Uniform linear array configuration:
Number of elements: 64
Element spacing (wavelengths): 0.25
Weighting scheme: uniform
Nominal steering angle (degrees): -30
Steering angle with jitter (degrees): -30.04
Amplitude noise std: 0.05
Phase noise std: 0.05

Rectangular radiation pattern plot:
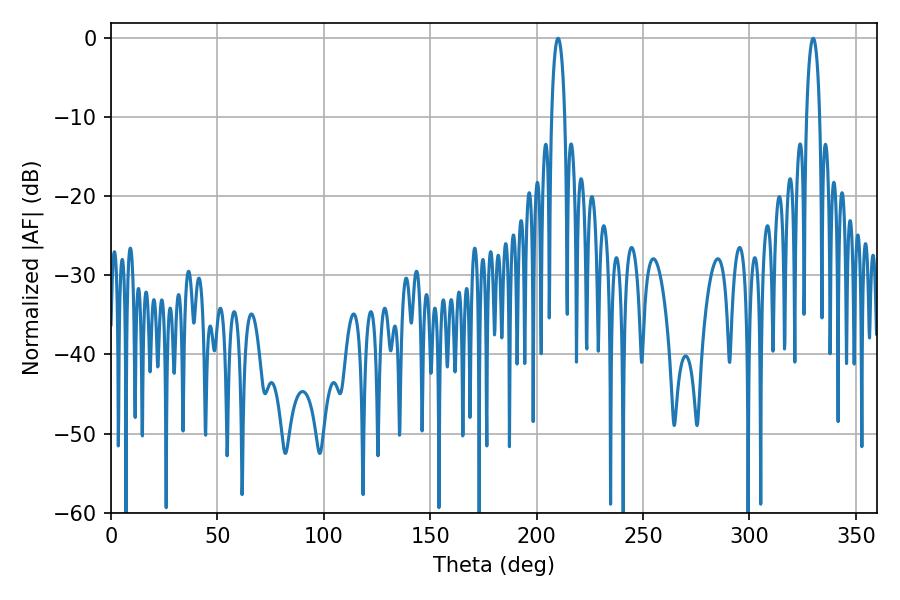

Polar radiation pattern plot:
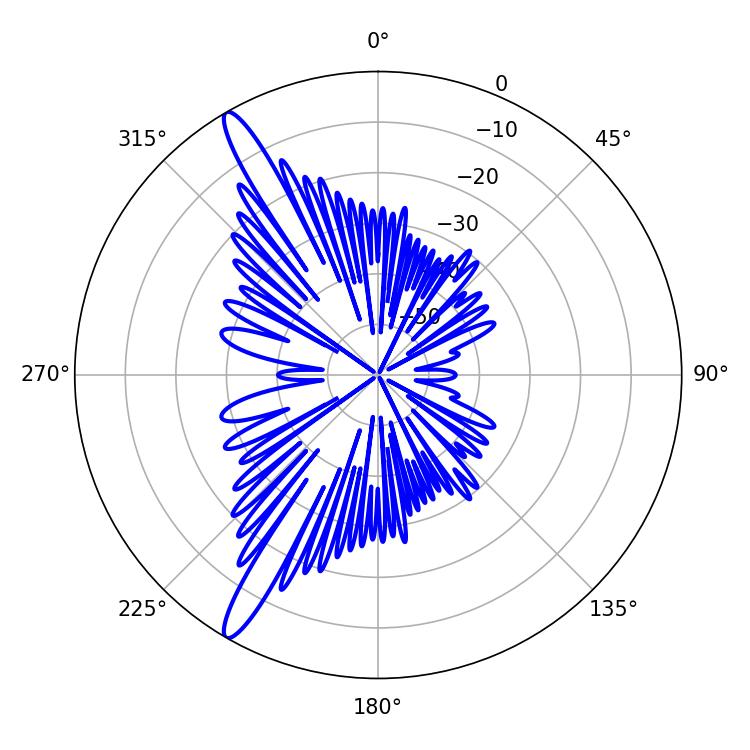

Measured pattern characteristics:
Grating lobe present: FALSE
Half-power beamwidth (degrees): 3.6
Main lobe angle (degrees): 329.94